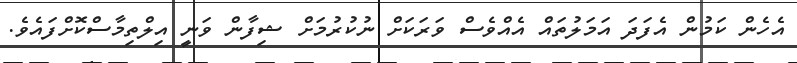
އެހެން ކަމުން އެފަދަ އަމަލުތައް އެއްވެސް ވަރަކަށް ނުކުރުމަށް ޝިފާން ވަނީ އިލްތިމާސްކޮށްފައެވެ.